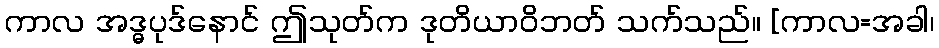
ကာလ အဒ္ဓပုဒ်နောင် ဤသုတ်က ဒုတိယာဝိဘတ် သက်သည်။ [ကာလ=အခါ၊